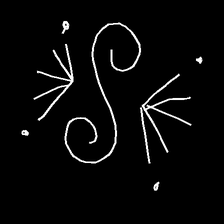
Glyph: aeroform